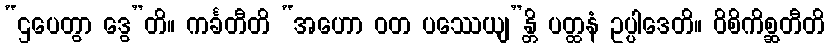
“ဌပေတွာ ဒွေ”တိ။ ကင်္ခတီတိ “အဟော ဝတ ပဿေယျ”န္တိ ပတ္ထနံ ဥပ္ပါဒေတိ။ ဝိစိကိစ္ဆတီတိ